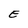
Character: E